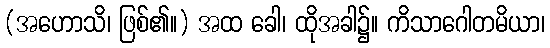
(အဟောသိ၊ ဖြစ်၏။) အထ ခေါ၊ ထိုအခါ၌။ ကိသာဂေါတမိယာ၊